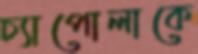
চ্যাপোলাকে